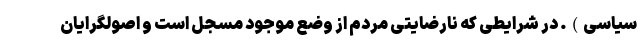
سیاسی). در شرایطی که نارضایتی مردم از وضع موجود مسجل است و اصولگرایان